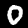
Label: 0